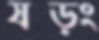
ষড়ং